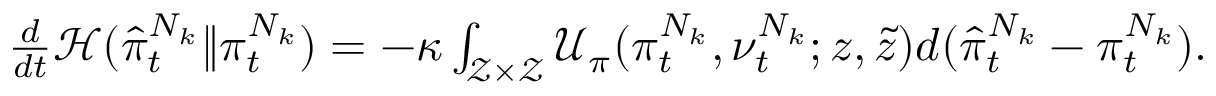
\begin{array} { r } { \frac { d } { d t } \mathcal { H } ( \hat { \pi } _ { t } ^ { N _ { k } } \lVert \pi _ { t } ^ { N _ { k } } ) = - \kappa \int _ { \mathcal { Z } \times \mathcal { Z } } \mathcal { U } _ { \pi } ( \pi _ { t } ^ { N _ { k } } , \nu _ { t } ^ { N _ { k } } ; z , \tilde { z } ) d ( \hat { \pi } _ { t } ^ { N _ { k } } - \pi _ { t } ^ { N _ { k } } ) . } \end{array}